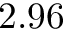
2 . 9 6